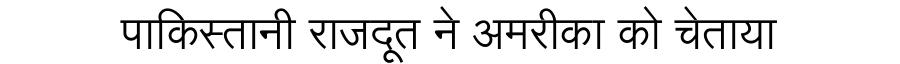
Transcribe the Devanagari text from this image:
पाकिस्तानी राजदूत ने अमरीका को चेताया